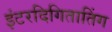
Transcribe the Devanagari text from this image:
इंटरदिगितातिंग